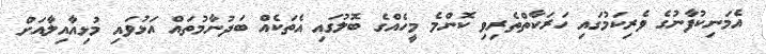
އެމަނިކުފާނުގެ ވެރިކަމުގައި ހަރަކާތްތެރިވި ކޮންމެ މީހެއްގެ ބޮލުގައި އެތަކެއް ބަދުނާމުތައް އަޅުވައި މުޅިއާއިލާއަށް